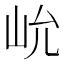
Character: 𰎍